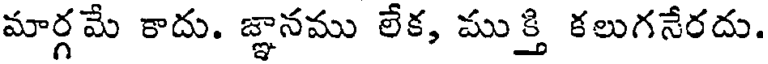
మార్గమే కాదు. జ్ఞానము లేక, ముక్తి కలుగనేరదు.